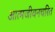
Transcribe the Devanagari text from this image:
आत्मजीवनचरित